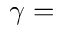
\gamma =